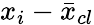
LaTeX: {x}_{i}-\bar{x}_{cl}